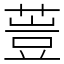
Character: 䔇